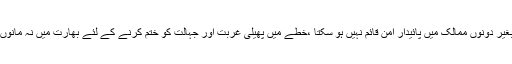
مسئلہ کشمیر کو حل کئے بغیر دونوں ممالک میں پائیدار امن قائم نہیں ہو سکتا ،خطے میں پھیلی غربت اور جہالت کو ختم کرنے کے لئے بھارت میں نہ مانوں کی پالیسی کو ترک کرے۔